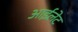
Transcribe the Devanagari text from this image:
आईलेट